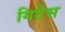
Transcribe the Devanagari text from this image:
गिटेस